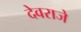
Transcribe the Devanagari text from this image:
देवराजे